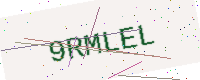
Text: 9RMLEL